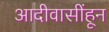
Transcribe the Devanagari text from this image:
आदीवासींहून